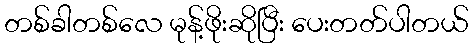
တစ်ခါတစ်လေ မုန့်ဖိုးဆိုပြီး ပေးတတ်ပါတယ်